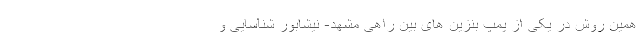
همین روش در یکی از پمپ بنزین های بین راهی مشهد- نیشابور شناسایی و